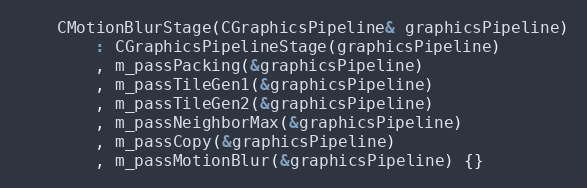
Language: C
	CMotionBlurStage(CGraphicsPipeline& graphicsPipeline)
		: CGraphicsPipelineStage(graphicsPipeline)
		, m_passPacking(&graphicsPipeline)
		, m_passTileGen1(&graphicsPipeline)
		, m_passTileGen2(&graphicsPipeline)
		, m_passNeighborMax(&graphicsPipeline)
		, m_passCopy(&graphicsPipeline)
		, m_passMotionBlur(&graphicsPipeline) {}